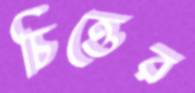
চিত্তের